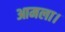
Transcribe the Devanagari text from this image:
आमला।